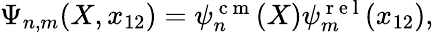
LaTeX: \begin{array}{r}{\Psi_{n,m}(X,x_{12})=\psi_{n}^{\mathrm{~c~m~}}(X)\psi_{m}^{\mathrm{~r~e~l~}}(x_{12}),}\end{array}